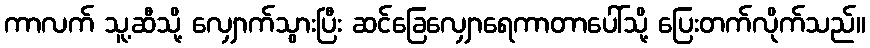
ကာလက် သူ့ဆီသို့ လျှောက်သွားပြီး ဆင်ခြေလျှောရေကာတာပေါ်သို့ ပြေးတက်လိုက်သည်။